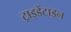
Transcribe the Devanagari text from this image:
ट्राइडेंटाइन